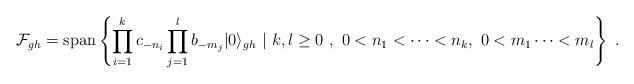
LaTeX: \begin{align*}\mathcal{F}_{gh}=\mathrm{span}\left\{\prod_{i=1}^kc_{-n_i}\prod_{j=1}^lb_{-m_j}|0\rangle_{gh}\ |\ k,l\geq 0\ ,\ 0<n_1<\dots<n_k,\ 0<m_1\dots<m_l\right\}\;.\end{align*}